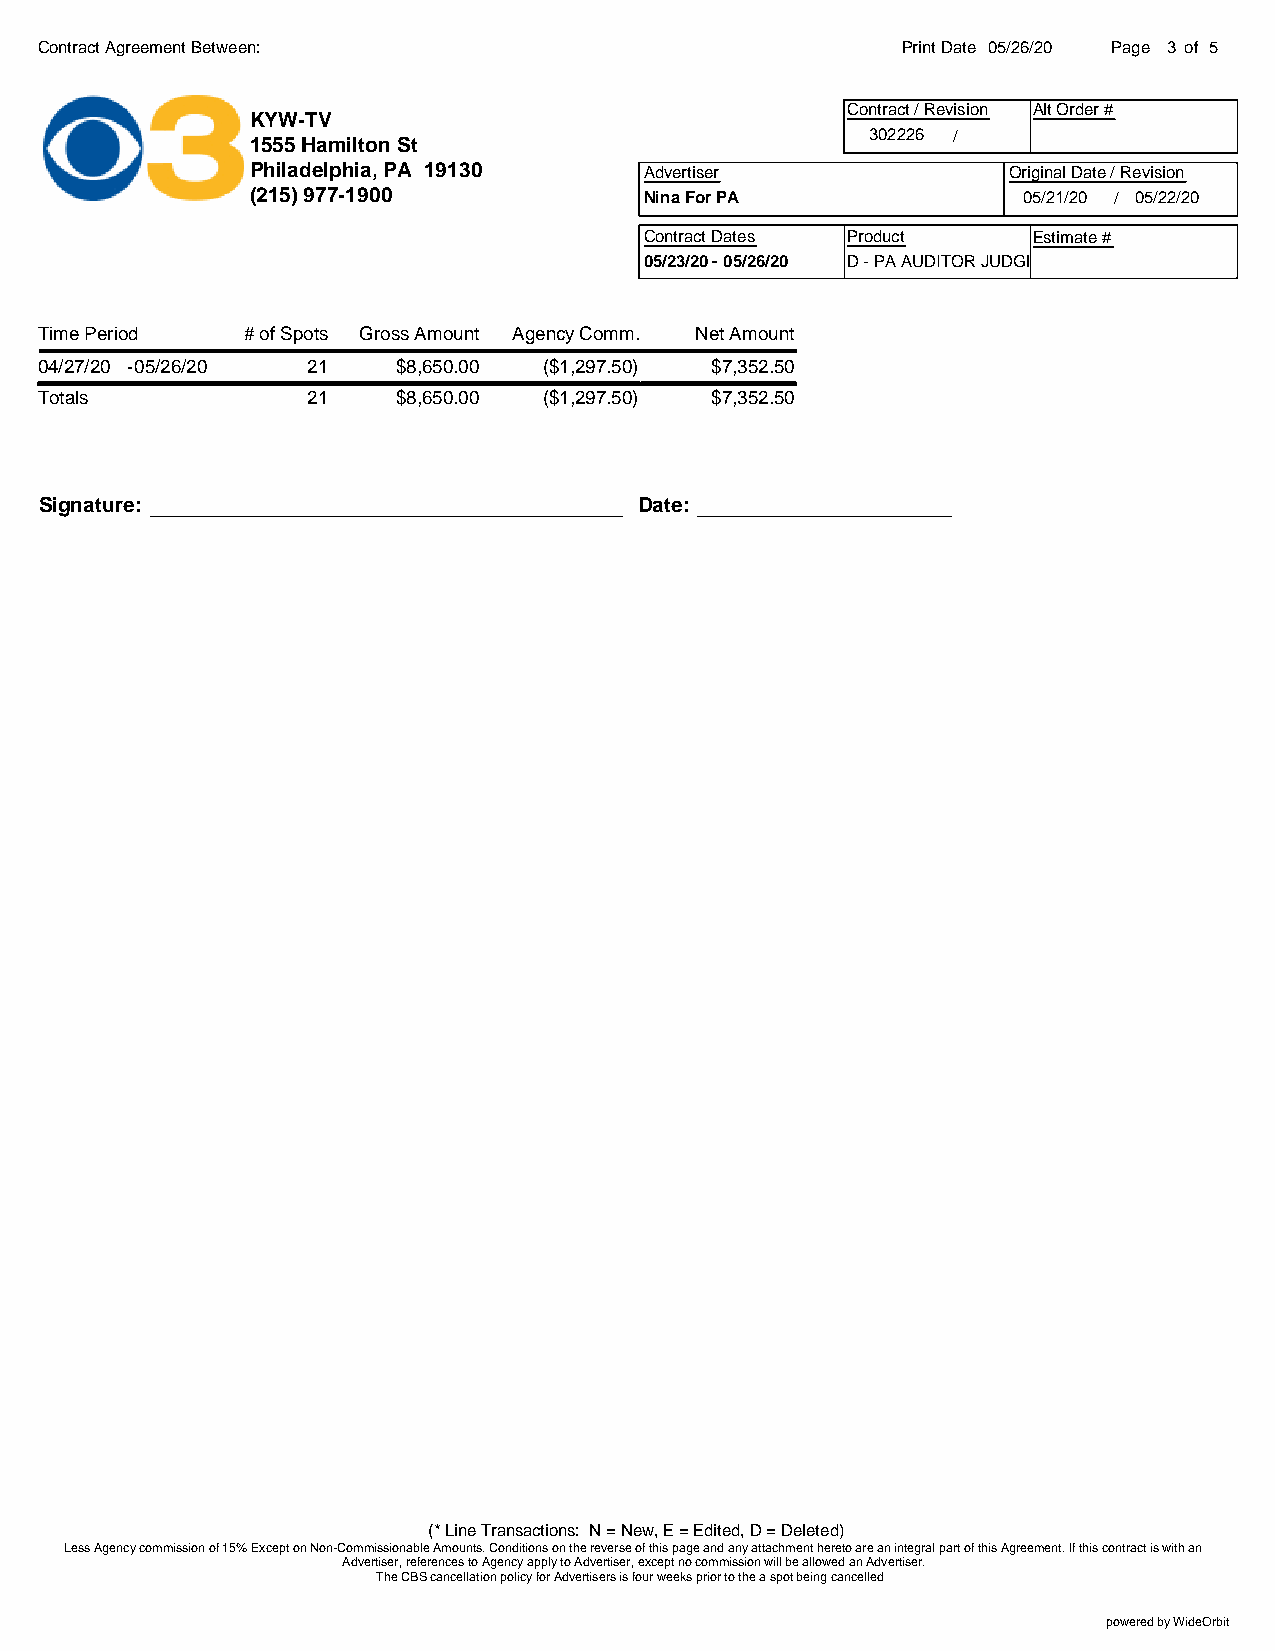
Contract Agreement Between:                               Print Date 05/26/20 Page 3 of 5
 Contract / Revision Alt Order #
 KYW-TV
 302226 /
 1555 Hamilton St
 Philadelphia, PA 19130    Advertiser              Original Date / Revision
 (215) 977-1900            Nina For PA              05/21/20 / 05/22/20
 Contract Dates Product   Estimate #
 05/23/20 - 05/26/20 D - PA AUDITOR JUDGE
 Time Period   # of Spots Gross Amount Agency Comm. Net Amount
 04/27/20 -05/26/20 21   $8,650.00 ($1,297.50) $7,352.50
 Totals            21    $8,650.00 ($1,297.50) $7,352.50
 Signature:                             Date:
 (* Line Transactions: N = New, E = Edited, D = Deleted)
 Less Agency commission of 15% Except on Non-Commissionable Amounts. Conditions on the reverse of this page and any attachment hereto are an integral part of this Agreement. If this contract is with an
 Advertiser, references to Agency apply to Advertiser, except no commission will be allowed an Advertiser.
 The CBS cancellation policy for Advertisers is four weeks prior to the a spot being cancelled
 powered by WideOrbit